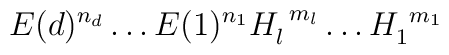
E(d)^{n_d}\dots E(1)^{n_1}H_l^{\ m_l}\dots H_1^{\ m_1}\,